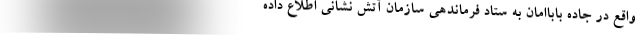
واقع در جاده باباامان به ستاد فرماندهی سازمان آتش نشانی اطلاع داده